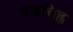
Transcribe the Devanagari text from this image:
वज्रचिह्न